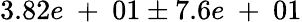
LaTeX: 3.82e\mathrm{~+~}01\pm 7.6e\mathrm{~+~}01